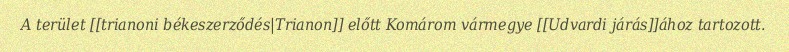
A terület [[trianoni békeszerződés|Trianon]] előtt Komárom vármegye [[Udvardi járás]]ához tartozott.